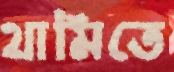
থামিতে